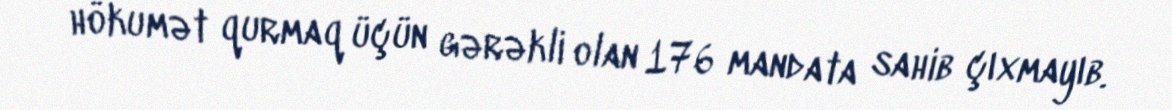
hökumət qurmaq üçün gərəkli olan 176 mandata sahib çıxmayıb.